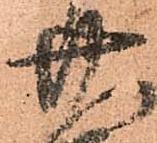
廿